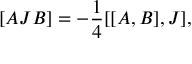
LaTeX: [ A J B ] = - \frac { 1 } { 4 } [ [ A , B ] , J ] ,